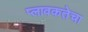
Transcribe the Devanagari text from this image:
प्लावकतेचा